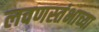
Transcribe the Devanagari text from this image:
लवणस्तंभाच्या